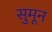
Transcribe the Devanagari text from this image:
सुमून